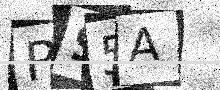
Text: P95A